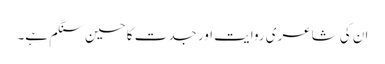
ان کی شاعری روایت اور جدت کا حسین سنگم ہے۔